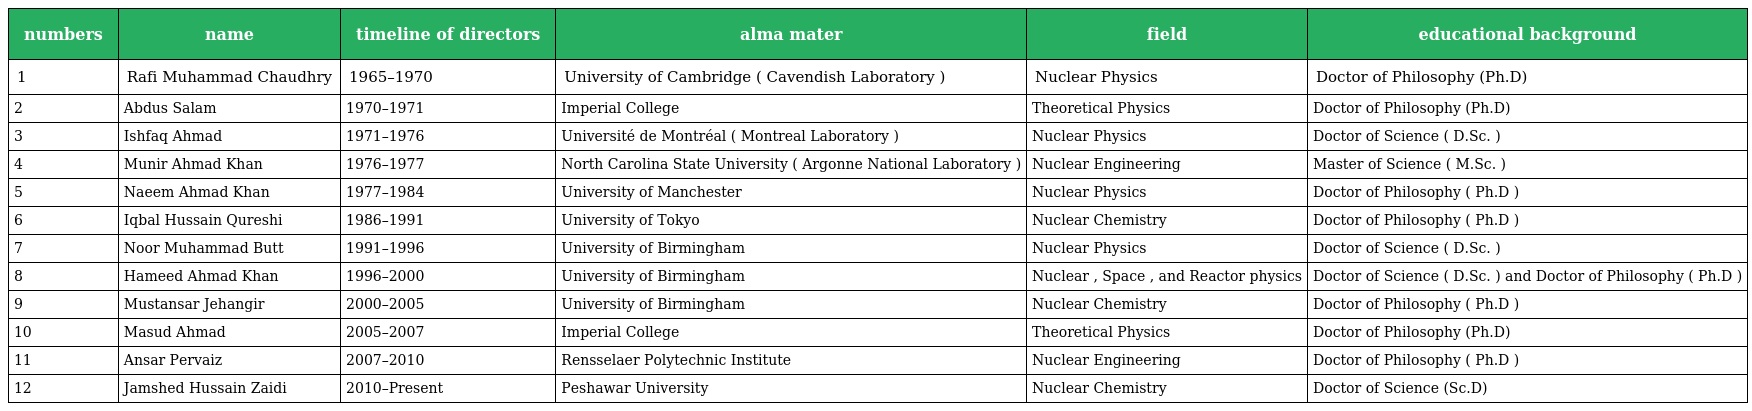
| numbers | name | timeline of directors | alma mater | field | educational background |
 | --- | --- | --- | --- | --- | --- |
 | 1 | Rafi Muhammad Chaudhry | 1965–1970 | University of Cambridge ( Cavendish Laboratory ) | Nuclear Physics | Doctor of Philosophy (Ph.D) |
 | 2 | Abdus Salam | 1970–1971 | Imperial College | Theoretical Physics | Doctor of Philosophy (Ph.D) |
 | 3 | Ishfaq Ahmad | 1971–1976 | Université de Montréal ( Montreal Laboratory ) | Nuclear Physics | Doctor of Science ( D.Sc. ) |
 | 4 | Munir Ahmad Khan | 1976–1977 | North Carolina State University ( Argonne National Laboratory ) | Nuclear Engineering | Master of Science ( M.Sc. ) |
 | 5 | Naeem Ahmad Khan | 1977–1984 | University of Manchester | Nuclear Physics | Doctor of Philosophy ( Ph.D ) |
 | 6 | Iqbal Hussain Qureshi | 1986–1991 | University of Tokyo | Nuclear Chemistry | Doctor of Philosophy ( Ph.D ) |
 | 7 | Noor Muhammad Butt | 1991–1996 | University of Birmingham | Nuclear Physics | Doctor of Science ( D.Sc. ) |
 | 8 | Hameed Ahmad Khan | 1996–2000 | University of Birmingham | Nuclear , Space , and Reactor physics | Doctor of Science ( D.Sc. ) and Doctor of Philosophy ( Ph.D ) |
 | 9 | Mustansar Jehangir | 2000–2005 | University of Birmingham | Nuclear Chemistry | Doctor of Philosophy ( Ph.D ) |
 | 10 | Masud Ahmad | 2005–2007 | Imperial College | Theoretical Physics | Doctor of Philosophy (Ph.D) |
 | 11 | Ansar Pervaiz | 2007–2010 | Rensselaer Polytechnic Institute | Nuclear Engineering | Doctor of Philosophy ( Ph.D ) |
 | 12 | Jamshed Hussain Zaidi | 2010–Present | Peshawar University | Nuclear Chemistry | Doctor of Science (Sc.D) |